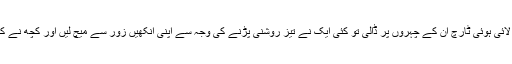
اْس نے ساتھ لائی ہوئی ٹارچ اْن کے چہروں پر ڈالی تو کئی ایک نے تیز روشنی پڑنے کی وجہ سے اپنی آنکھیں زور سے میچ لیں اور کچھ نے کروٹ بدل لی۔